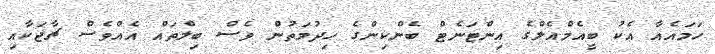
ހަމައެއާ އެކު ބީއެމްއެލްގެ އިންޓަނެޓް ބެންކިންގެ ހިދުމަތުން ވެސް ބިލްތައް އެއްވެސް ޗާޖަކާއި